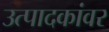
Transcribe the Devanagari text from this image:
उत्पादकांवर